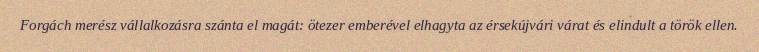
Forgách merész vállalkozásra szánta el magát: ötezer emberével elhagyta az érsekújvári várat és elindult a török ellen.